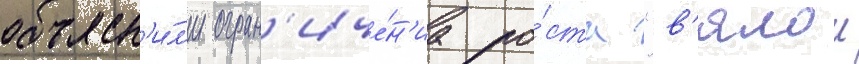
объясн'и́л'и огран'иче́н'иа ро́ста "в'ялои